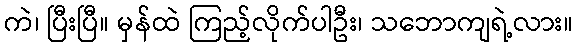
ကဲ၊ ပြီးပြီ။ မှန်ထဲ ကြည့်လိုက်ပါဦး၊ သဘောကျရဲ့လား။